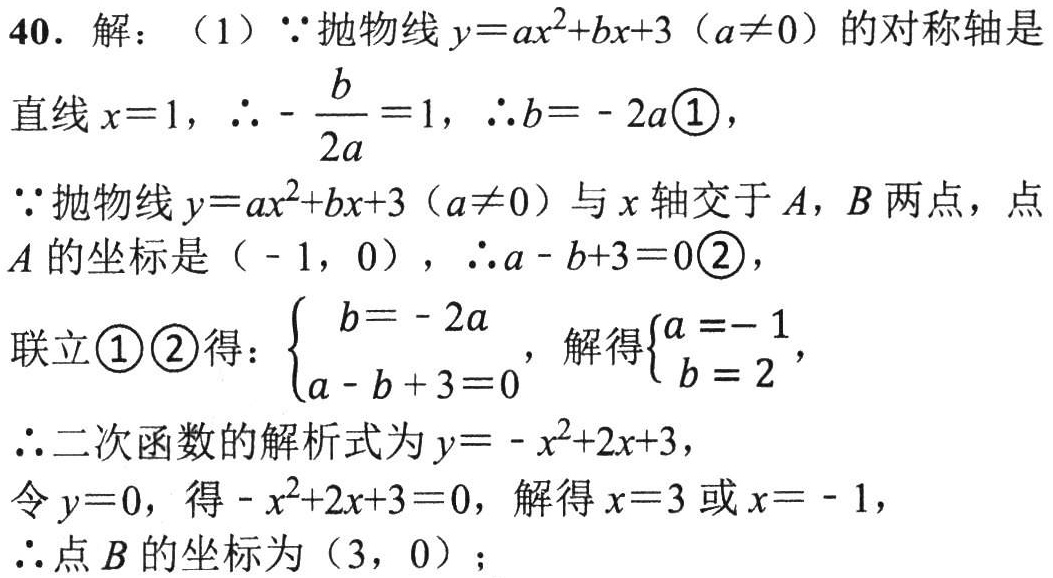
40. 解：（1）$\because$抛物线$y = ax^{2}+bx + 3$（$a\neq0$）的对称轴是
直线$x = 1$，$\therefore-\frac{b}{2a}=1$，$\therefore b = - 2a$\textcircled{1}，
$\because$抛物线$y = ax^{2}+bx + 3$（$a\neq0$）与$x$轴交于$A$，$B$两点，点
$A$的坐标是（$-1,0$），$\therefore a - b + 3 = 0$\textcircled{2}，
联立\textcircled{1}\textcircled{2}得：$\begin{cases}b = - 2a\\a - b + 3 = 0\end{cases}$，解得$\begin{cases}a = - 1\\b = 2\end{cases}$，
$\therefore$二次函数的解析式为$y = - x^{2}+2x + 3$，
令$y = 0$，得$-x^{2}+2x + 3 = 0$，解得$x = 3$或$x = - 1$，
$\therefore$点$B$的坐标为（$3,0$）；